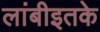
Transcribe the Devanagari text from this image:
लांबीइतके